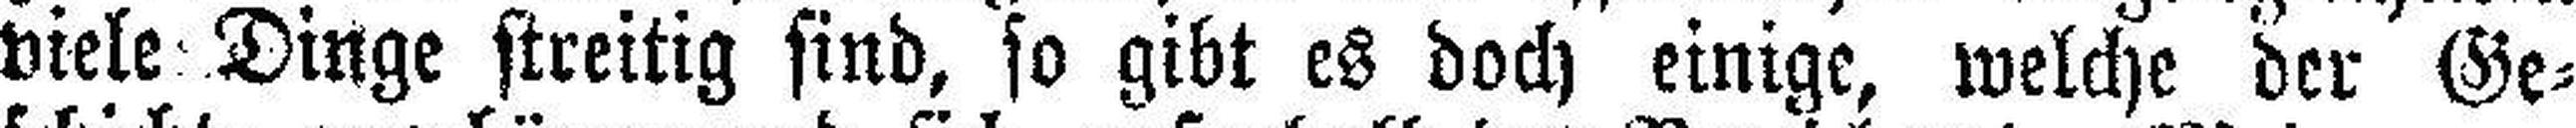
viele Dinge streitig sind, so gibt es doch einige, welche der Ge¬